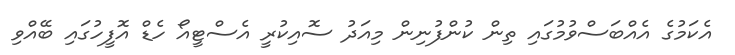
އެކަމުގެ އެއްބަސްވުމުގައި ތިން ކުންފުނިން މިއަދު ސޮއިކުރީ އެސްޓީއޯ ހެޑް އޮފީހުގައި ބޭއްވި